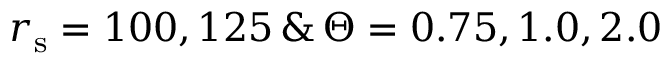
r _ { \mathrm { s } } = 1 0 0 , 1 2 5 \, \& \, \Theta = 0 . 7 5 , 1 . 0 , 2 . 0